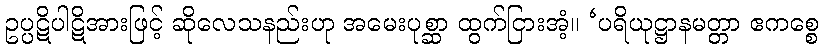
ဥပ္ပဋိပါဋိအားဖြင့် ဆိုလေသနည်းဟု အမေးပုစ္ဆာ ထွက်ငြားအံ့။ ‘ပရိယုဋ္ဌာနမတ္တာ ဧကစ္စေ